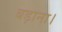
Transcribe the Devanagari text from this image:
बड़ाना।